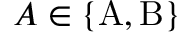
A \in \{ \mathrm { A } , \mathrm { B } \}